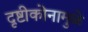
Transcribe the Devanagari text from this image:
दृष्टीकोनामुळे